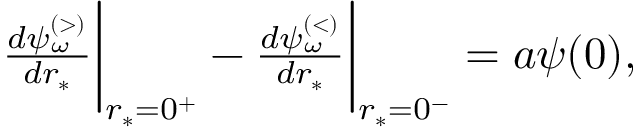
\begin{array} { r } { \frac { d \psi _ { \omega } ^ { \scriptscriptstyle ( > ) } } { d r _ { * } } \bigg | _ { r _ { * } = 0 ^ { + } } - \frac { d \psi _ { \omega } ^ { \scriptscriptstyle ( < ) } } { d r _ { * } } \bigg | _ { r _ { * } = 0 ^ { - } } = a \psi ( 0 ) , } \end{array}